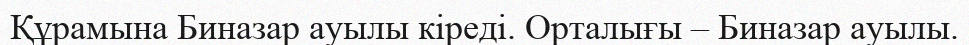
Құрамына Биназар ауылы кіреді. Орталығы – Биназар ауылы.